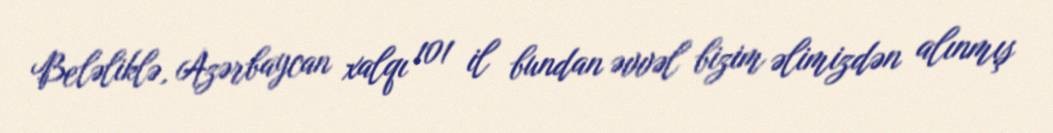
Beləliklə, Azərbaycan xalqı 101 il bundan əvvəl bizim əlimizdən alınmış